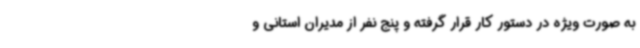
به صورت ویژه در دستور کار قرار گرفته و پنج نفر از مدیران استانی و